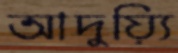
আদুয়্যি